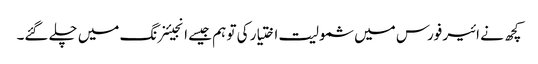
کچھ نے ائیر فورس میں شمولیت اختیار کی تو ہم جیسے انجیئنرنگ میں چلے گئے۔